Annual administration report of the Civil Veterinary Department of India - 1892-1893
Year: 1892
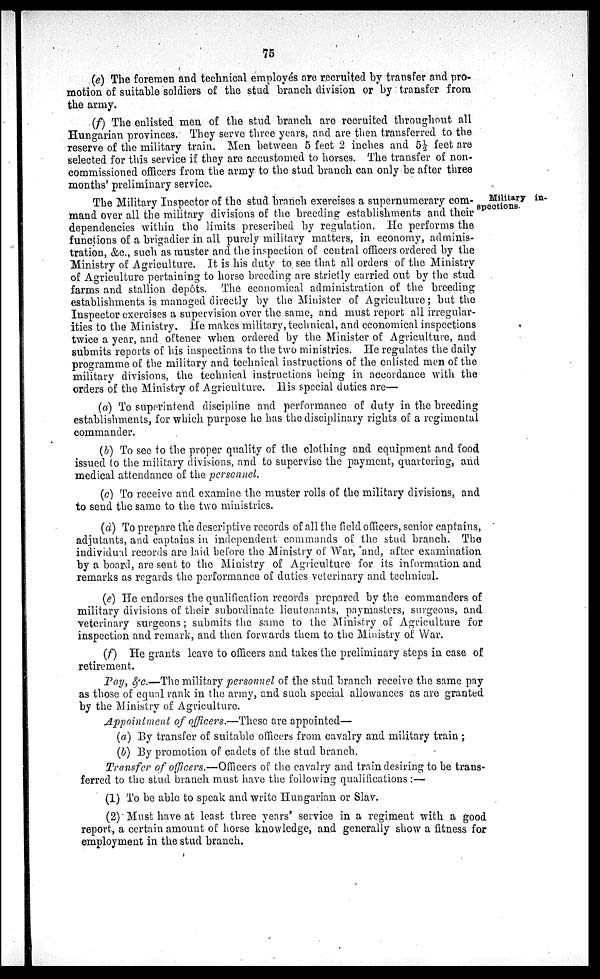
75
(e) The foremen and technical employés are recruited by transfer and pro-
motion of suitable soldiers of the stud branch division or by transfer from
the army.
(f) The enlisted men of the stud branch are recruited throughout all
Hungarian provinces. They serve three years, and are then transferred to the
reserve of the military train. Men between 5 feet 2 inches and 5½ feet are
selected for this service if they are accustomed to horses. The transfer of non-
commissioned officers from the army to the stud branch can only be after three
months' preliminary service.
Military in-
spections.
The Military Inspector of the stud branch exercises a supernumerary com-
mand over all the military divisions of the breeding establishments and their
dependencies within the limits prescribed by regulation. He performs the
functions of a brigadier in all purely military matters, in economy, adminis-
tration, &c., such as muster and the inspection of central officers ordered by the
Ministry of Agriculture. It is his duty to see that all orders of the Ministry
of Agriculture pertaining to horse breeding are strictly carried out by the stud
farms and stallion depôts. The economical administration of the breeding
establishments is managed directly by the Minister of Agriculture; but the
Inspector exercises a supervision over the same, and must report all irregular-
ities to the Ministry. He makes military, technical, and economical inspections
twice a year, and oftener when ordered by the Minister of Agriculture, and
submits reports of his inspections to the two ministries. He regulates the daily
programme of the military and technical instructions of the enlisted men of the
military divisions, the technical instructions being in accordance with the
orders of the Ministry of Agriculture. His special duties are—
(a) To superintend discipline and performance of duty in the breeding
establishments, for which purpose he has the disciplinary rights of a regimental
commander.
(b) To see to the proper quality of the clothing and equipment and food
issued to the military divisions, and to supervise the payment, quartering, and
medical attendance of the personnel.
(c) To receive and examine the muster rolls of the military divisions, and
to send the same to the two ministries.
(d) To prepare the descriptive records of all the field officers, senior captains,
adjutants, and captains in independent commands of the stud branch. The
individual records are laid before the Ministry of War, and, after examination
by a board, are sent to the Ministry of Agriculture for its information and
remarks as regards the performance of duties veterinary and technical.
(e) He endorses the qualification records prepared by the commanders of
military divisions of their subordinate lieutenants, paymasters, surgeons, and
veterinary surgeons; submits the same to the Ministry of Agriculture for
inspection and remark, and then forwards them to the Ministry of War.
(f) He grants leave to officers and takes the preliminary steps in case of
retirement.
Pay, &c.—The military personnel of the stud branch receive the same pay
as those of equal rank in the army, and such special allowances as are granted
by the Ministry of Agriculture.
Appointment of officers.—These are appointed—
(a) By transfer of suitable officers from cavalry and military train;
(b) By promotion of cadets of the stud branch.
Transfer of officers.—Officers of the cavalry and train desiring to be trans-
ferred to the stud branch must have the following qualifications:—
(1) To be able to speak and write Hungarian or Slav.
(2) Must have at least three years' service in a regiment with a good
report, a certain amount of horse knowledge, and generally show a fitness for
employment in the stud branch.